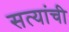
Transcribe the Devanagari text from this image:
सत्यांची